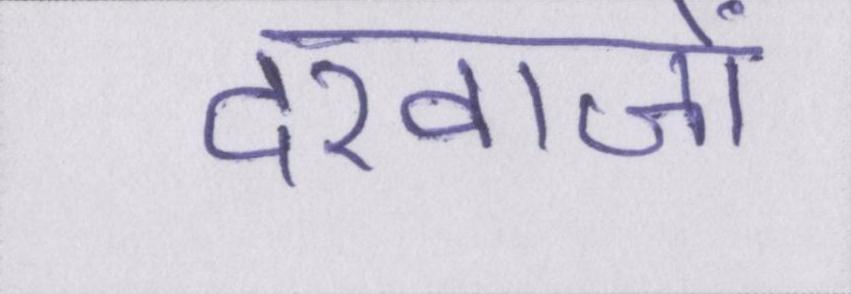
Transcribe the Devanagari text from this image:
दरवाजों